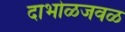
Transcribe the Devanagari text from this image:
दाभोळजवळ